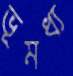
ভূমধ্য